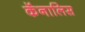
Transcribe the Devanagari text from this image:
कॅनालिस